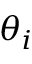
\theta _ { i }